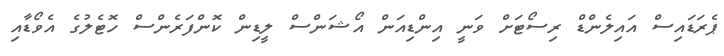
ޕެރަޑައިސް އައިލެންޑް ރިސޯޓަށް ވަނީ އިންޑިއަން އޯޝަންސް ލީޑިން ކޮންފަރެންސް ހޮޓެލުގެ އެވޯޑާއި